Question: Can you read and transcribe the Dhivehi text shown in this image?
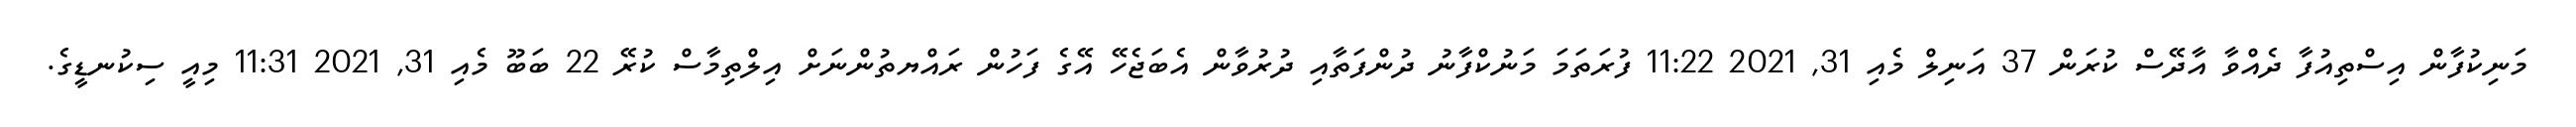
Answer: މަނިކުފާން އިސްތިއުފާ ދެއްވާ އާދޭސް ކުރަން 37 އަނިލް މެއި 31, 2021 11:22 ފުރަތަމަ މަނުކްފާނު ދުންފަތާއި ދުރުވާން އެބަޖެހޭ އޭގެ ފަހުން ރައްޔތުންނަށް އިލްތިމާސް ކުރޭ 22 ބަބޫ މެއި 31, 2021 11:31 މިއީ ސިކުނޑީގެ.